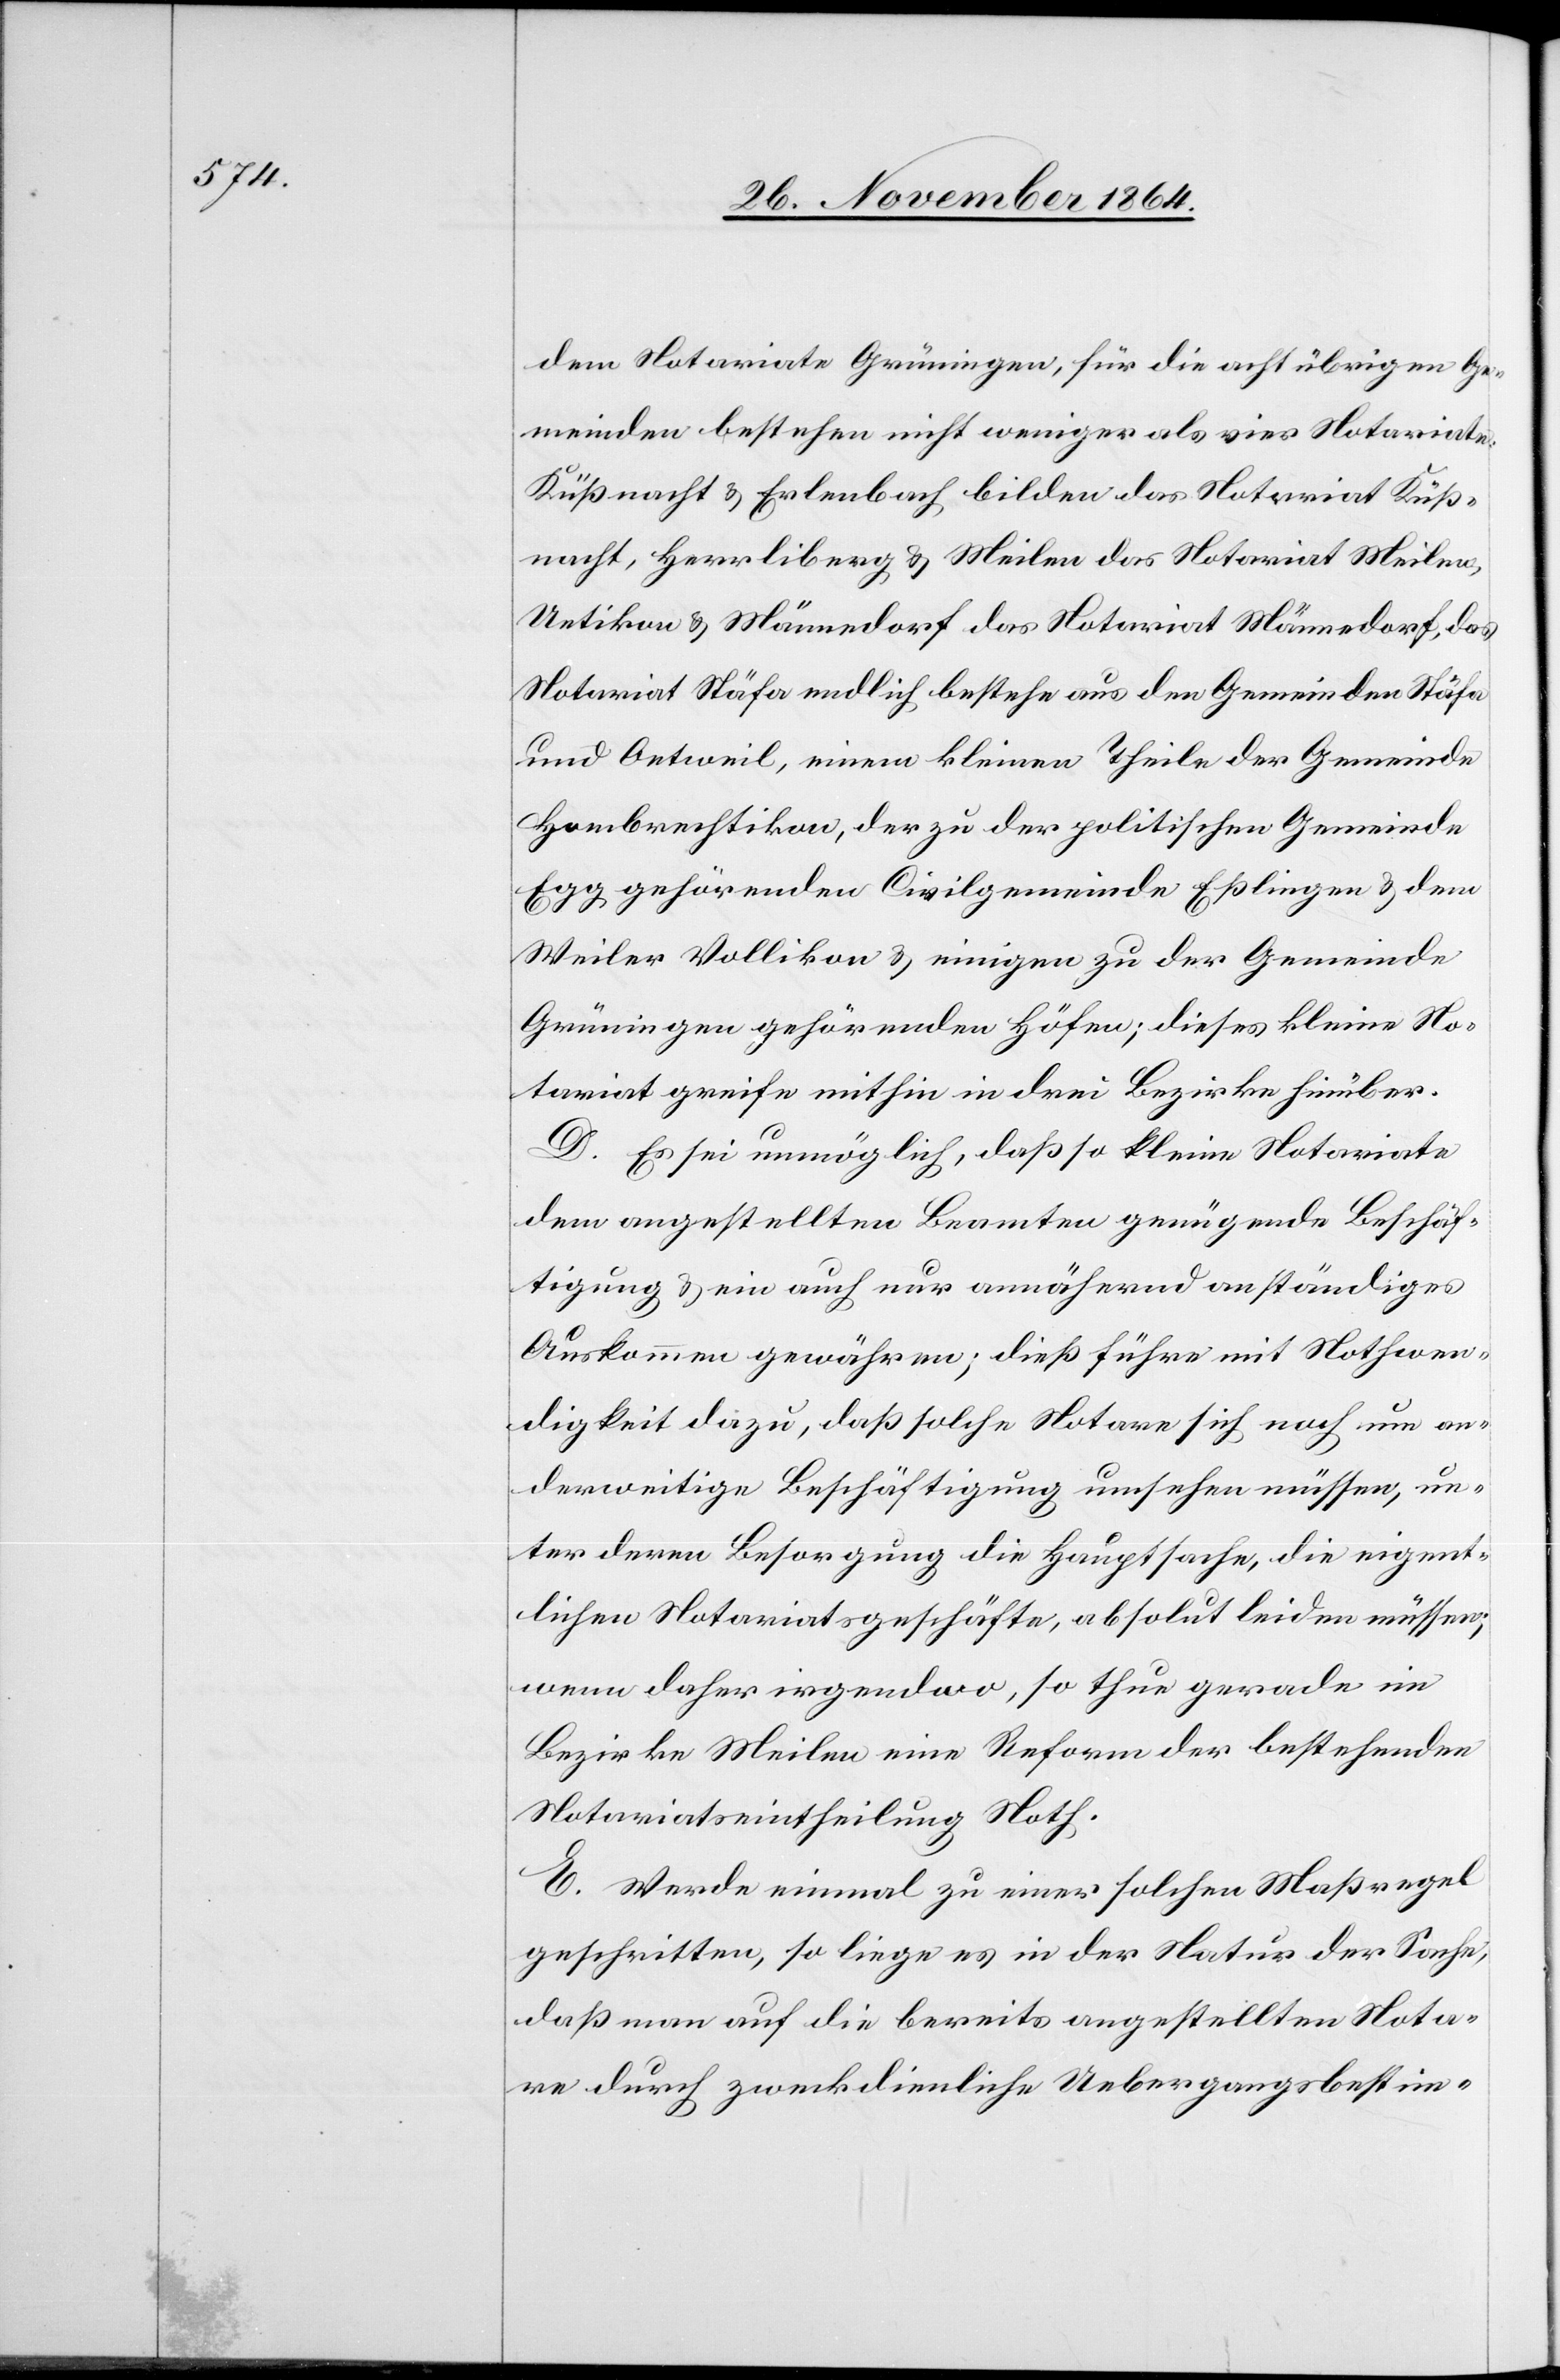
dem Notariate Grüningen, für die acht übrigen Ge¬
meinden bestehen nicht weniger als vier Notariate.
Küßnacht & Erlenbach bilden das Notariat Küß¬
nacht, Herrliberg & Meilen das Notariat Meilen,
Uetikon & Männedorf das Notariat Männedorf, das
Notariat Stäfa endlich bestehe aus den Gemeinden Stäfa
und Oetweil, einem kleinen Theil der Gemeinde
Hombrechtikon, der zu der politischen Gemeinde
Egg gehörenden Civilgemeinde Eßlingen & dem
Weiler Vollikon & einigen zu der Gemeinde
Grüningen gehörenden Höfen; dieses kleine No¬
tariat greife mithin in drei Bezirke hinüber.
D. Es sei unmöglich, daß so kleine Notariate
dem angestellten Beamten genügende Beschäf¬
tigung & ein auch nur annähernd anständiges
Auskommen gewähren; dieß führe mit Nothwen¬
digkeit dazu, daß solche Notare sich noch um an¬
derweitige Beschäftigung umsehen müssen, un¬
ter deren Besorgung die Hauptsache, die eigent¬
lichen Notariatsgeschäfte, absolut leiden müssen;
wenn daher irgendwo, so thue gerade im
Bezirke Meilen eine Reform der bestehenden
Notariatseintheilung Noth.
E. Werde einmal zu einer solchen Maßregel
geschritten, so liege es in der Natur der Sache,
daß man auf die bereits angestellten Nota¬
re durch zweckdienliche Uebergangsbestim-